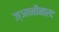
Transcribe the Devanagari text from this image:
ज्ञानीनारद